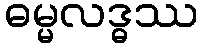
ဓမ္မလဒ္ဓဿ